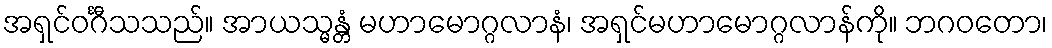
အရှင်ဝင်္ဂီသသည်။ အာယသ္မန္တံ မဟာမောဂ္ဂလာနံ၊ အရှင်မဟာမောဂ္ဂလာန်ကို။ ဘဂဝတော၊